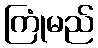
ကြုံမည်